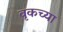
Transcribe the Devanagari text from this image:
वृकच्या